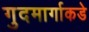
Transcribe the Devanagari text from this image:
गुदमार्गाकडे